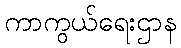
ကာကွယ်ရေးဌာန